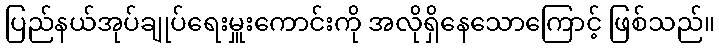
ပြည်နယ်အုပ်ချုပ်ရေးမှူးကောင်းကို အလိုရှိနေသောကြောင့် ဖြစ်သည်။